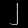
Digit: ၂